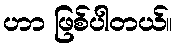
ဟာ ဖြစ်ပါတယ်။